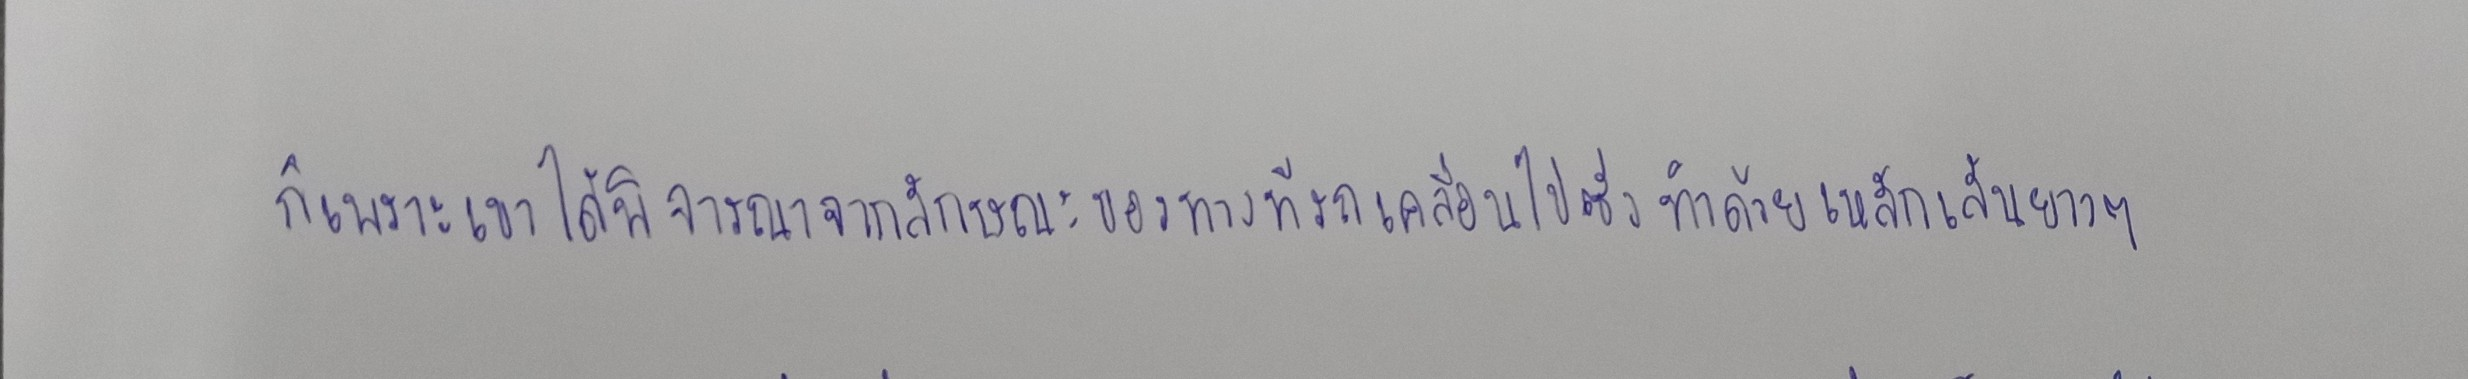
ก็เพราะเขาได้พิจารณาจากลักษณะของทางที่รถเคลื่อนไปซึ่งทำด้วยเหล็กเส้นยาวๆ